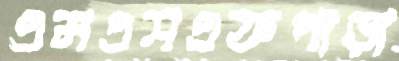
এমএসএফপাড়া